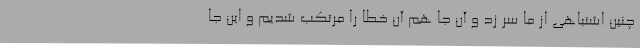
چنین اشتباهی از ما سر زد و آن جا هم آن خطا را مرتکب شدیم و این جا